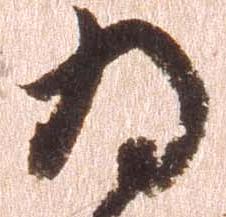
為